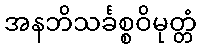
အနဘိသင်္ခစ္စဝိမုတ္တံ